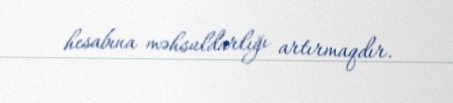
hesabına məhsuldarlığı artırmaqdır.